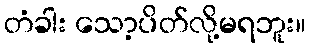
တံခါး သော့ပိတ်လို့မရဘူး။